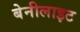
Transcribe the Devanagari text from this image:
बेनीलाइट